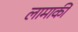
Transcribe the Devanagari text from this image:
लामार्की